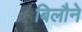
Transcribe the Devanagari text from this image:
बिलौने